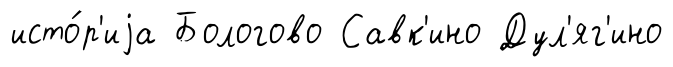
исто́р'иjа Бологово Савк'ино Дул'яг'ино